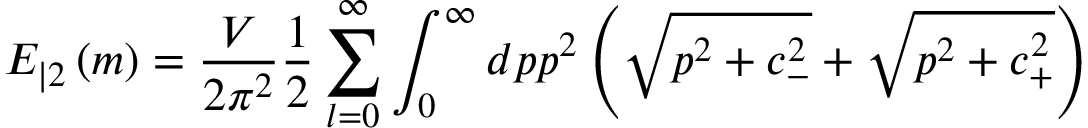
E _ { | 2 } \left( m \right) = \frac V { 2 \pi ^ { 2 } } \frac 1 2 \sum _ { l = 0 } ^ { \infty } \int _ { 0 } ^ { \infty } d p p ^ { 2 } \left( \sqrt { p ^ { 2 } + c _ { - } ^ { 2 } } + \sqrt { p ^ { 2 } + c _ { + } ^ { 2 } } \right)